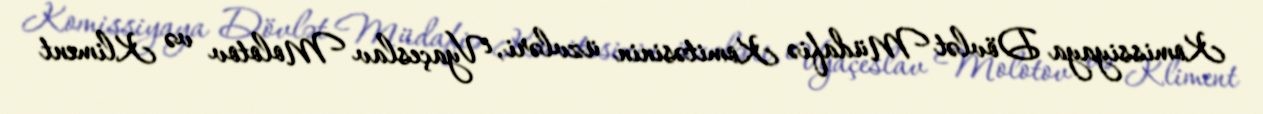
Komissiyaya Dövlət Müdafiə Komitəsinin üzvləri, Vyaçeslav Molotov və Kliment